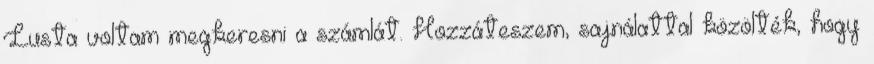
Lusta voltam megkeresni a számlát. Hozzáteszem, sajnálattal közölték, hogy